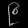
Digit: ၉